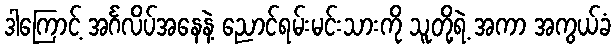
ဒါကြောင့် အင်္ဂလိပ်အနေနဲ့ ညောင်ရမ်းမင်းသားကို သူတို့ရဲ့ အကာ အကွယ်ခံ